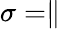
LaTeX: \sigma=\parallel